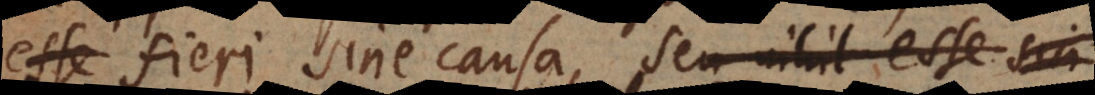
esse fieri sine causa, seu nihil esse sin